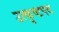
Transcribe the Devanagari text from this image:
उत्कृष्टपद